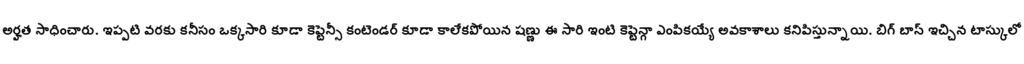
అర్హత సాధించారు. ఇప్పటి వరకు కనీసం ఒక్కసారి కూడా కెప్టెన్సీ కంటెండర్ కూడా కాలేకపోయిన షణ్ణు ఈ సారి ఇంటి కెప్టెన్గా ఎంపికయ్యే అవకాశాలు కనిపిస్తున్నాయి. బిగ్ బాస్ ఇచ్చిన టాస్కులో